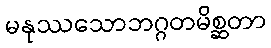
မနုဿသောဘဂ္ဂတမိစ္ဆတာ